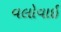
વલોવાઈ